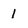
Character: 1